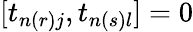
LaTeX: [t_{n(r)j},t_{n(s)l}]=0